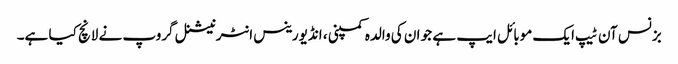
بزنس آن ٹیپ ایک موبائل ایپ ہے جو ان کی والدہ کمپنی ، انڈیورینس انٹرنیشنل گروپ نے لانچ کیا ہے۔